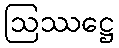
ဩဿဋ္ဌေ